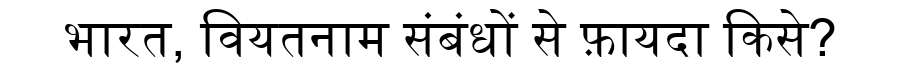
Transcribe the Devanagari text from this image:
भारत, वियतनाम संबंधों से फ़ायदा किसे?